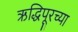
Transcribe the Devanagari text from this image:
ऋद्धिपूरच्या